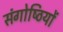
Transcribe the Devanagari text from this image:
संगोष्‍ठियों